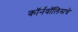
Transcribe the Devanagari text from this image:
कॉर्नवॉलिसचे